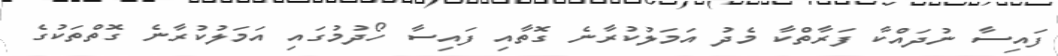
ފައިސާ ނުދައްކާ ފަރާތްކާ މެދު އަމަލުކުރާނެ ގޮތާއި ފައިސާ ހޯދުމުގައި އަމަލުކުރާނެ ގޮތްތަކުގެ